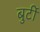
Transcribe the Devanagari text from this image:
बुर्टी